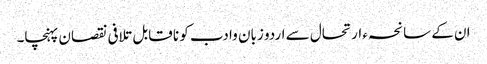
ان کے سانحہء ارتحال سے اردو زبان وا دب کو نا قابل تلافی نقصان پہنچا۔